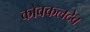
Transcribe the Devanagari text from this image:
कोवकलदेव